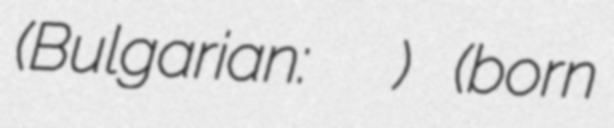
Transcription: (Bulgarian: Николина Танкушева) (born